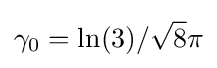
\gamma _{0}=\ln(3)/{\sqrt {8}}\pi